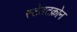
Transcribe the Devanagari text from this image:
स्टेडटक्रोन